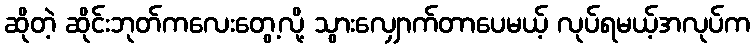
ဆိုတဲ့ ဆိုင်းဘုတ်ကလေးတွေ့လို့ သွားလျှောက်တာပေမယ့် လုပ်ရမယ့်အလုပ်က